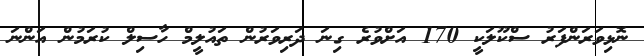
ނޮޅިވަރަންފަރު ސްކޫލަކީ 170 އަށްވުރެ ގިނަ ދަރިވަރުން ތައުލީމް ހާސިލް ކުރަމުން އަންނަ